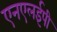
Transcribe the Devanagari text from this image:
एनएलईपी